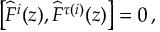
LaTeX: \left[ \widehat { F } ^ { i } ( z ) , \widehat { F } ^ { \tau ( i ) } ( z ) \right] = 0 \, ,